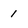
Character: 1